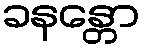
ခနန္တော